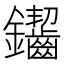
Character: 䥹